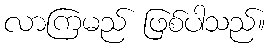
လာကြမည် ဖြစ်ပါသည်။